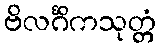
ဗိလင်္ဂိကသုတ္တံ